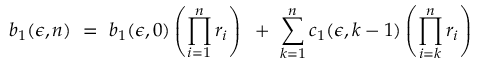
b _ { 1 } ( \epsilon , n ) ~ = ~ b _ { 1 } ( \epsilon , 0 ) \left( \prod _ { i = 1 } ^ { n } r _ { i } \right) { } ~ + ~ \sum _ { k = 1 } ^ { n } c _ { 1 } ( \epsilon , k - 1 ) \left( \prod _ { i = k } ^ { n } r _ { i } \right)